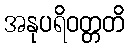
အနုပရိဝတ္တတိ